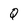
Character: Q